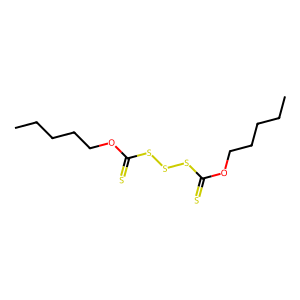
SMILES: CCCCCOC(=S)SSSC(=S)OCCCCC
Inhibits HIV replication: No